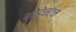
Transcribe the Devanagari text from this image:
ब्रेडेनटन